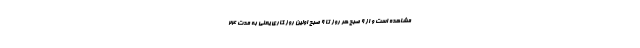
مشاهده است و از ۹ صبح هر روز تا ۹ صبح اولین روز کاری یعنی به مدت ۲۴